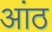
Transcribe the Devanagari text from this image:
आंठ